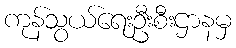
ကုန်သွယ်ရေးဦးစီးဌာနမှ